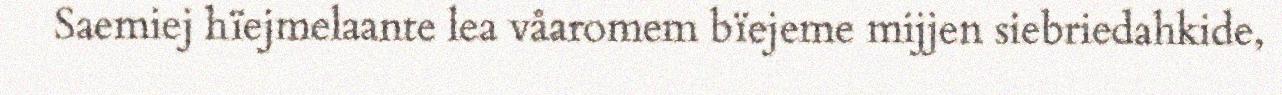
Saemiej hïejmelaante lea våaromem bïejeme mijjen siebriedahkide,